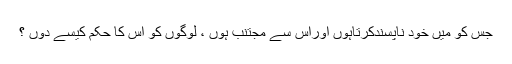
جس کو میں خود ناپسندکرتاہوں اوراس سے مجتنب ہوں ، لوگوں کو اس کا حکم کیسے دوں ؟